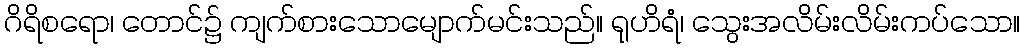
ဂိရိစရော၊ တောင်၌ ကျက်စားသောမျောက်မင်းသည်။ ရုဟိရံ၊ သွေးအလိမ်းလိမ်းကပ်သော။